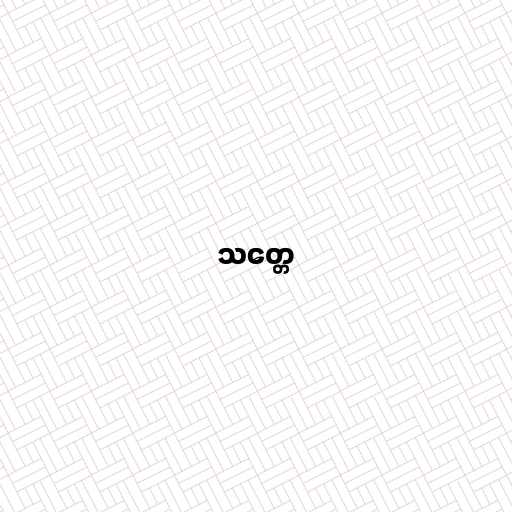
သတ္တေ